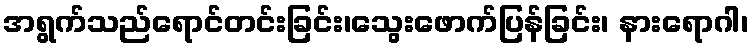
အရွက်သည်ရောင်တင်းခြင်း၊သွေးဖောက်ပြန်ခြင်း၊ နားရောဂါ၊